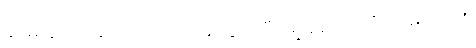
ခရမ်းချဉ်သီးစသည် အပင်မှ လွတ်ပြီး မျိုးစေ့ကား ဗီဇဂါမ်တည်း။